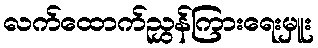
လက်ထောက်ညွှန်ကြားရေးမှူး